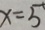
x = 5